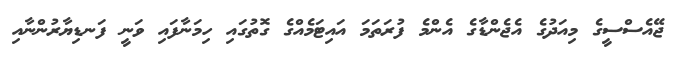
ޖޭއެސްސީގެ މިއަދުގެ އެޖެންޑާގެ އެންމެ ފުރަތަމަ އައިޓަމެއްގެ ގޮތުގައި ހިމަނާފައި ވަނީ ފަނޑިޔާރުންނާއި